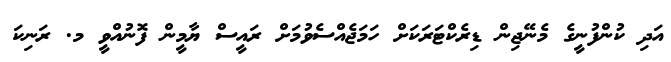
އަދި ކުންފުނީގެ މެނޭޖިން ޑިރެކްޓަރަކަށް ހަމަޖެއްސެވުމަށް ރައީސް ޔާމީން ފޮނުއްވީ މ. ރަނިކަ